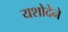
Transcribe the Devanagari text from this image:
यशोदेने